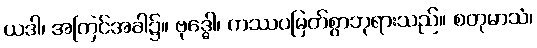
ယဒါ၊ အကြင်အခါ၌။ ဗုဒ္ဓေါ၊ ကဿပမြတ်စွာဘုရားသည်။ စတုမာသံ၊